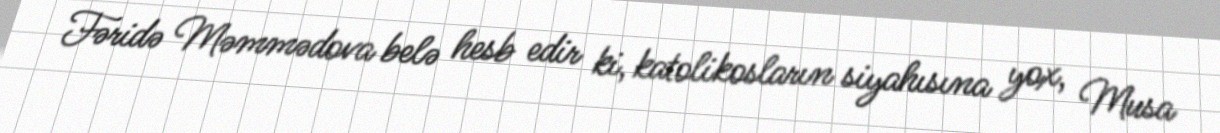
Fəridə Məmmədova belə hesb edir ki, katolikosların siyahısına yox, Musa